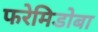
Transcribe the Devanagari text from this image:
फरेमिडोबा